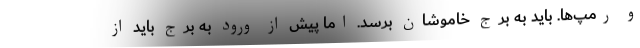
و رمپ‌ها. باید به برج خاموشان برسد. اما پیش از ورود به برج باید از